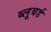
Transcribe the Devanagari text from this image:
ब्लूबर्ड